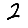
Digit: 2